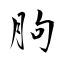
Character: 胊